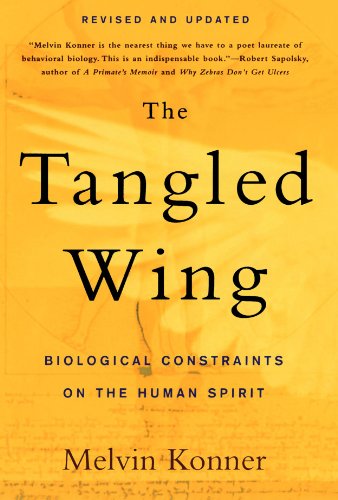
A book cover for The Tangled Wing: Biological Constraints on the Human Spirit; Melvin Konner; Medical Books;